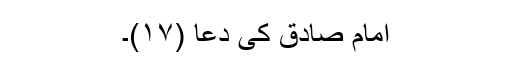
امام صادقؑ کی دعا (۱۷)۔